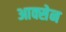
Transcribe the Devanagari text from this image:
आक्सेन